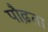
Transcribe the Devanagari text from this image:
पौढ़ता